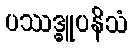
ပဿဒ္ဓူပနိသံ